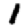
Digit: 1